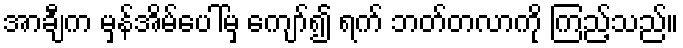
အာချီက မှန်အိမ်ပေါ်မှ ကျော်၍ ရက် ဘတ်တလာကို ကြည့်သည်။